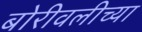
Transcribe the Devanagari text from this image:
बोरीवलीच्या